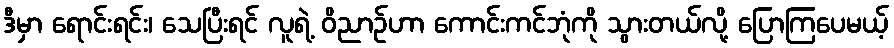
ဒီမှာ ရောင်းရင်း၊ သေပြီးရင် လူရဲ့ ဝိညာဉ်ဟာ ကောင်းကင်ဘုံကို သွားတယ်လို့ ပြောကြပေမယ့်